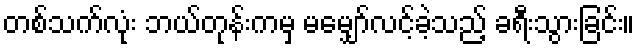
တစ်သက်လုံး ဘယ်တုန်းကမှ မမျှော်လင့်ခဲ့သည့် ခရီးသွားခြင်း။